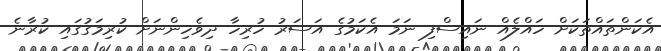
އެކަންތައްތަކަށް ހައްލެއް ނައިސްފި ނަމަ އެކަމުގެ އަސަރު ހުރިހާ ދިވެހިންނަށް ކުރިމަގުގައި ކުރާނެ